Eesti_Vabariigi_Tartu_Ulikool, lk 53
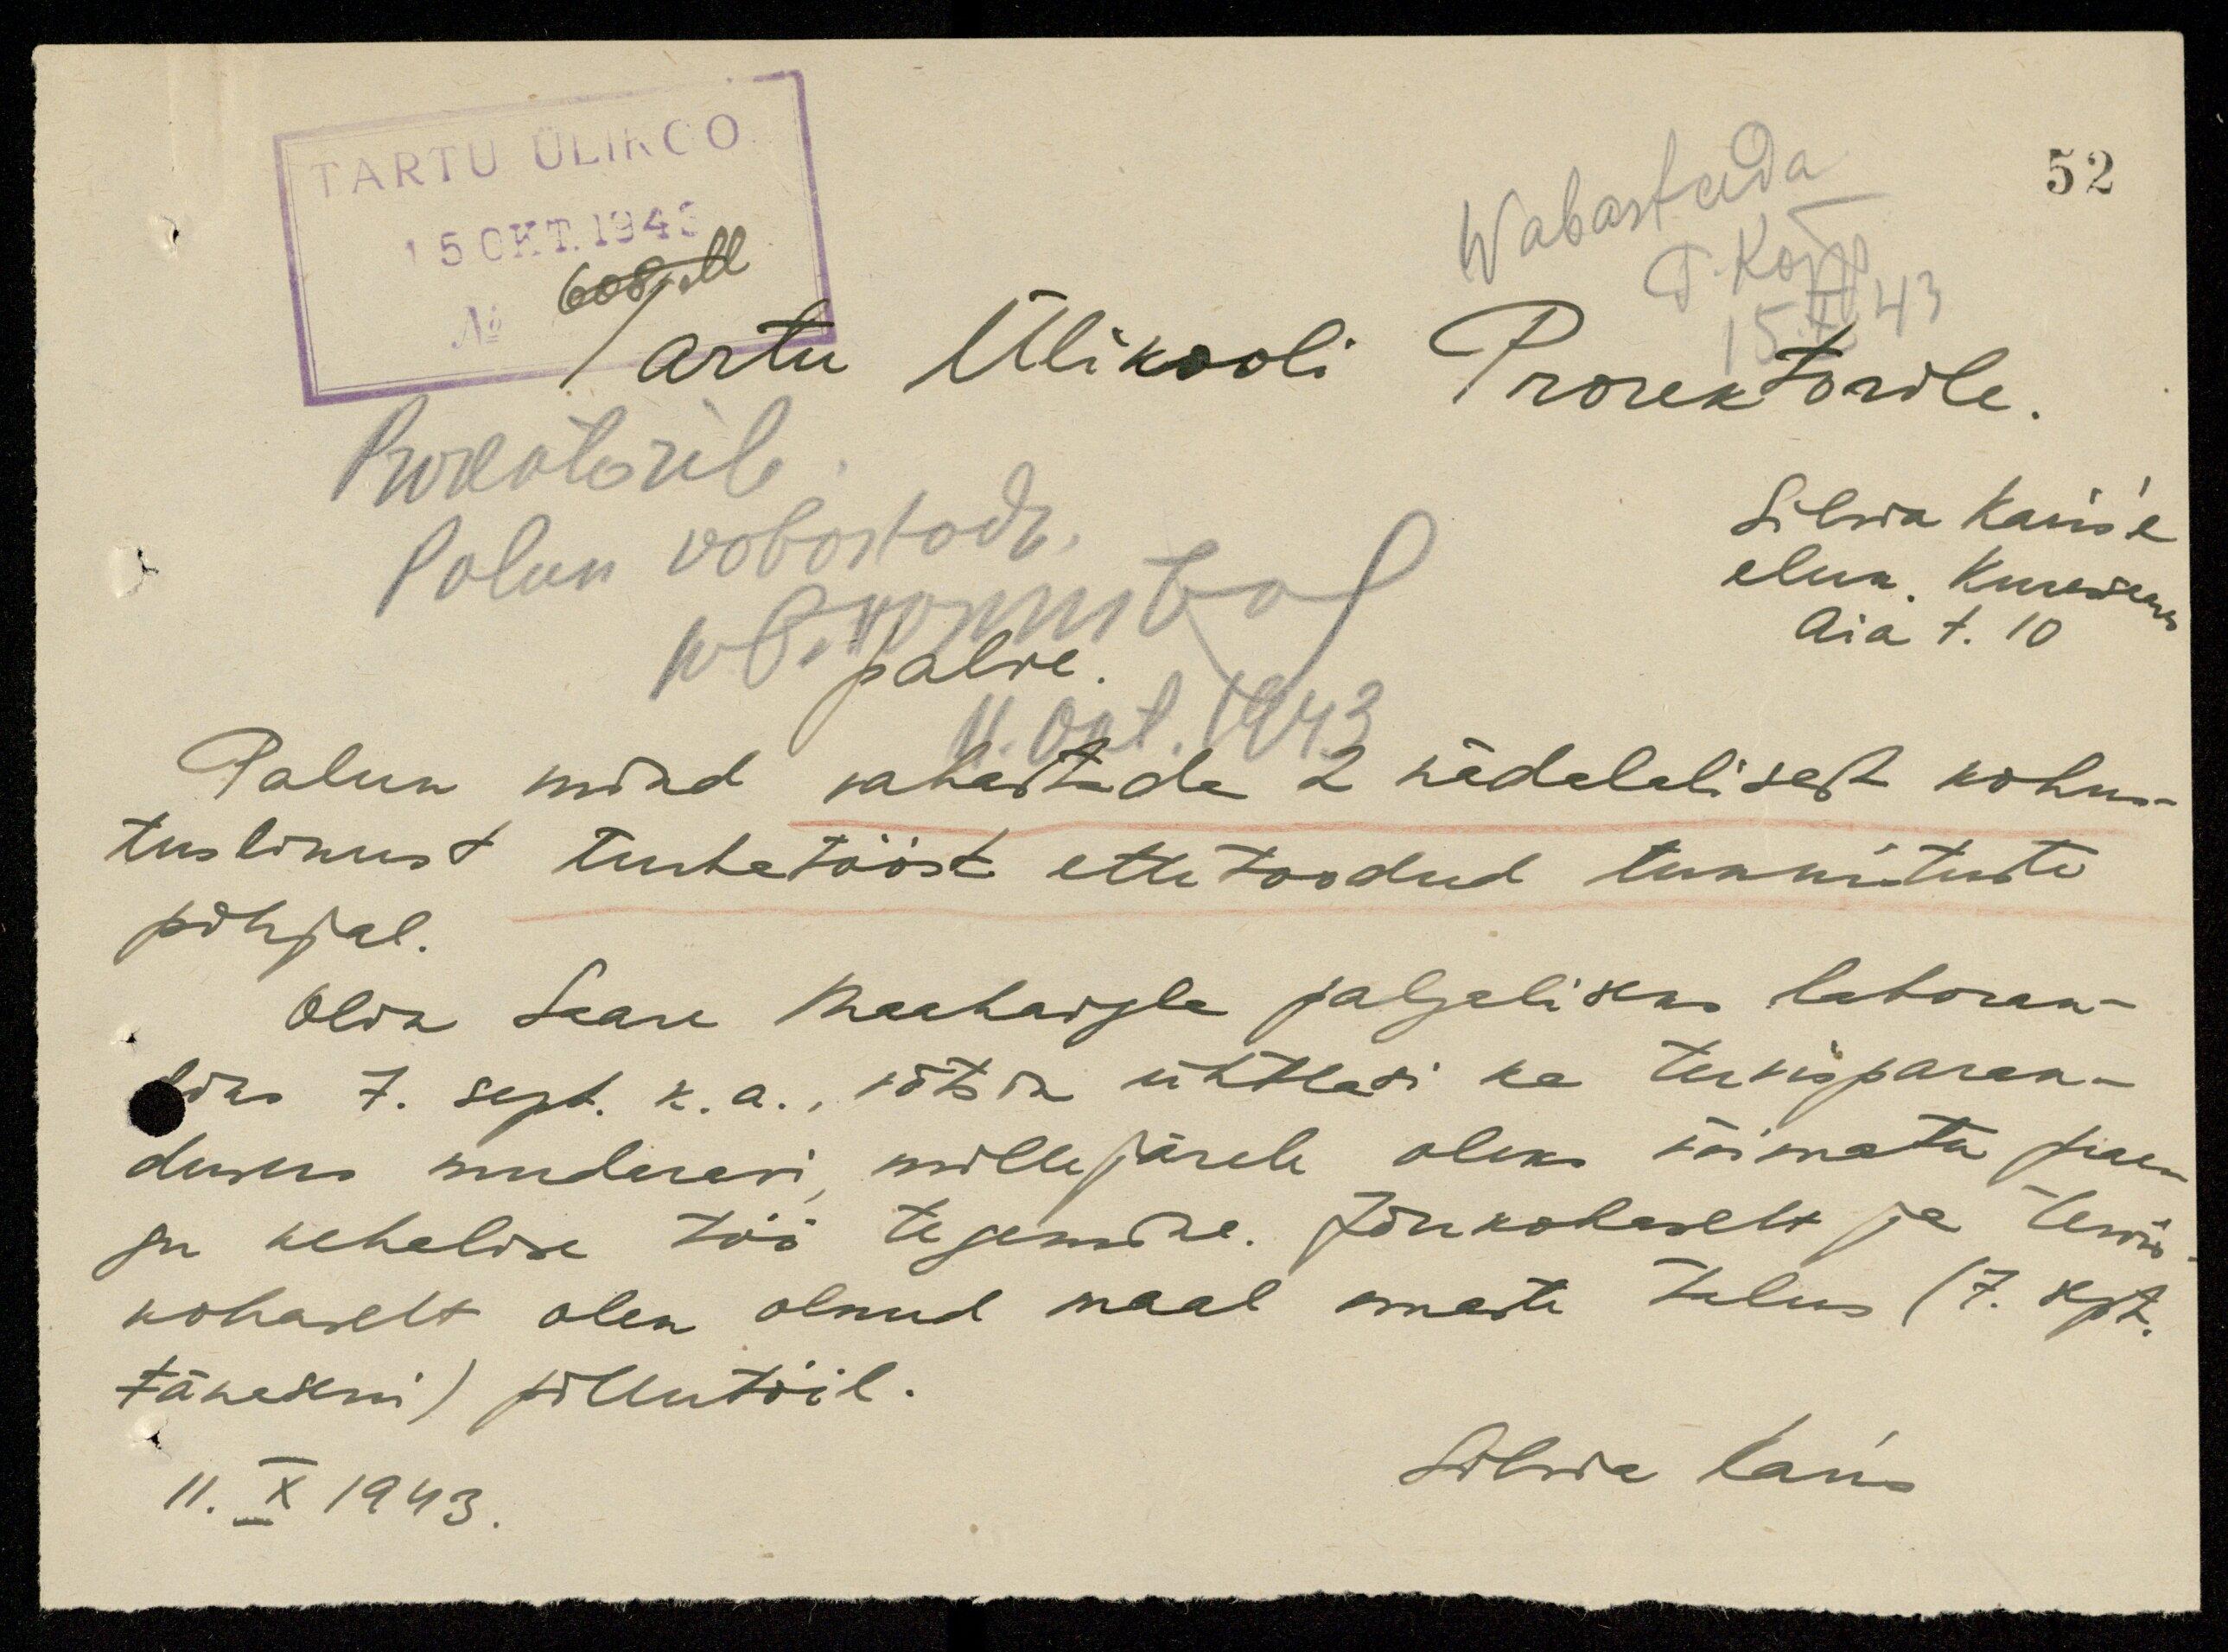
52
TARTU ÜLIKOO
15 OKT. 1943
No 608,M
Wabastada
P. Kõpp
15. X.43
Tartu Ülikooli Prorektorile.
Prorektorile
Palun vabastada.
W. Hommberg
11. okt. 1943
Silvia Karis'e
eluk. Kuressaare
Aia t. 10
palve.
Palun mind vabastada 2 nädalalisest kohus-
tuslikust turbatööst ettetoodud tunnistuste
põhjal.
Olin Saare Maahaigla palgaliseks laboran-
diks 7. sept. k. a., võtsin ühtlasi ka tervisparan-
duseks mudaravi millejärele oleks võimatu prae-
gu kehalise töö tegemine. Jõukohaselt ja tervis
kohaselt olen olnud maal omaste talus (7. sept.
tänaseni) põllutöil.
11. X 1943.
Silvia Karis